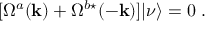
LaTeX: [ \Omega ^ { a } ( { \bf { k } } ) + \Omega ^ { b \star } ( { \bf { - k } } ) ] | { \nu } \rangle = 0 \; .